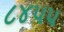
૮૪૫૫